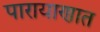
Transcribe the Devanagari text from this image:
पारायाणात